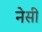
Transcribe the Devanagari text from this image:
नेसी